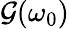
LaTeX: \mathcal{G}(\omega_{0})